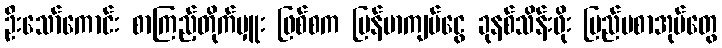
ဦးသော်ကောင်း စာကြည့်တိုက်မှူး ဖြစ်စက မြန်မာကျပ်ငွေ ခုနစ်သိန်းဖိုး ပြည်ပစာအုပ်တွေ